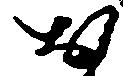
お